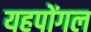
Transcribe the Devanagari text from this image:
यहपोंगल